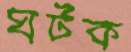
ঘটক